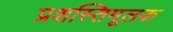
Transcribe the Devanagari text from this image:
प्रशस्तिमूलक